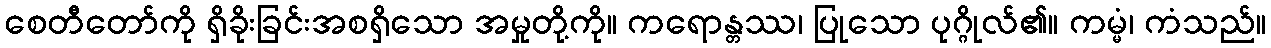
စေတီတော်ကို ရှိခိုးခြင်းအစရှိသော အမှုတို့ကို။ ကရောန္တဿ၊ ပြုသော ပုဂ္ဂိုလ်၏။ ကမ္မံ၊ ကံသည်။